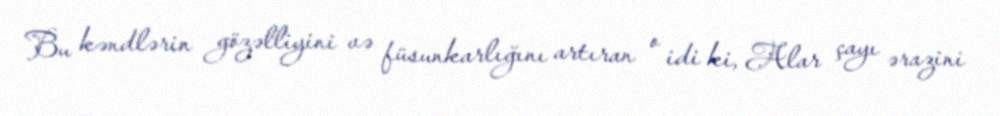
Bu kəndlərin gözəlliyini və füsunkarlığını artıran o idi ki, Alar çayı ərazini